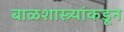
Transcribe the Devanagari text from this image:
बाळशास्त्र्यांकडून